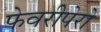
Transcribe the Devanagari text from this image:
फेवरीपेरो